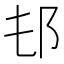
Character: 𨙲